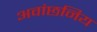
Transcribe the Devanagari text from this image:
अवांछनिय